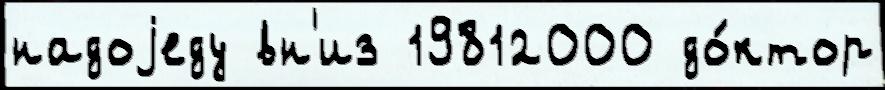
надоjеду вн'из 19812000 до́ктор